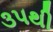
૩૫થી